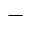
-